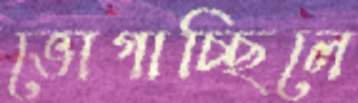
ভোগাচ্ছিলে